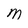
Character: M